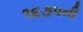
૧૬૭૫ની